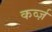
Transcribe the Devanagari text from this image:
कर्व्ज़